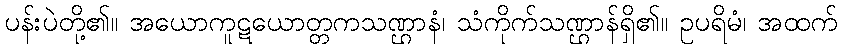
ပန်းပဲတို့၏။ အယောကူဋယောတ္တကသဏ္ဌာနံ၊ သံကိုက်သဏ္ဌာန်ရှိ၏။ ဥပရိမံ၊ အထက်